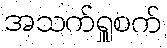
အသက်ရှူစက်